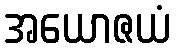
အယောဇယံ